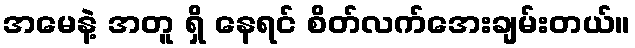
အမေနဲ့ အတူ ရှိ နေရင် စိတ်လက်အေးချမ်းတယ်။